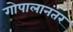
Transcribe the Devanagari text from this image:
गोपालानंतर